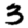
Digit: 3